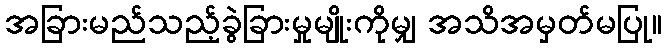
အခြားမည်သည့်ခွဲခြားမှုမျိုးကိုမျှ အသိအမှတ်မပြု။